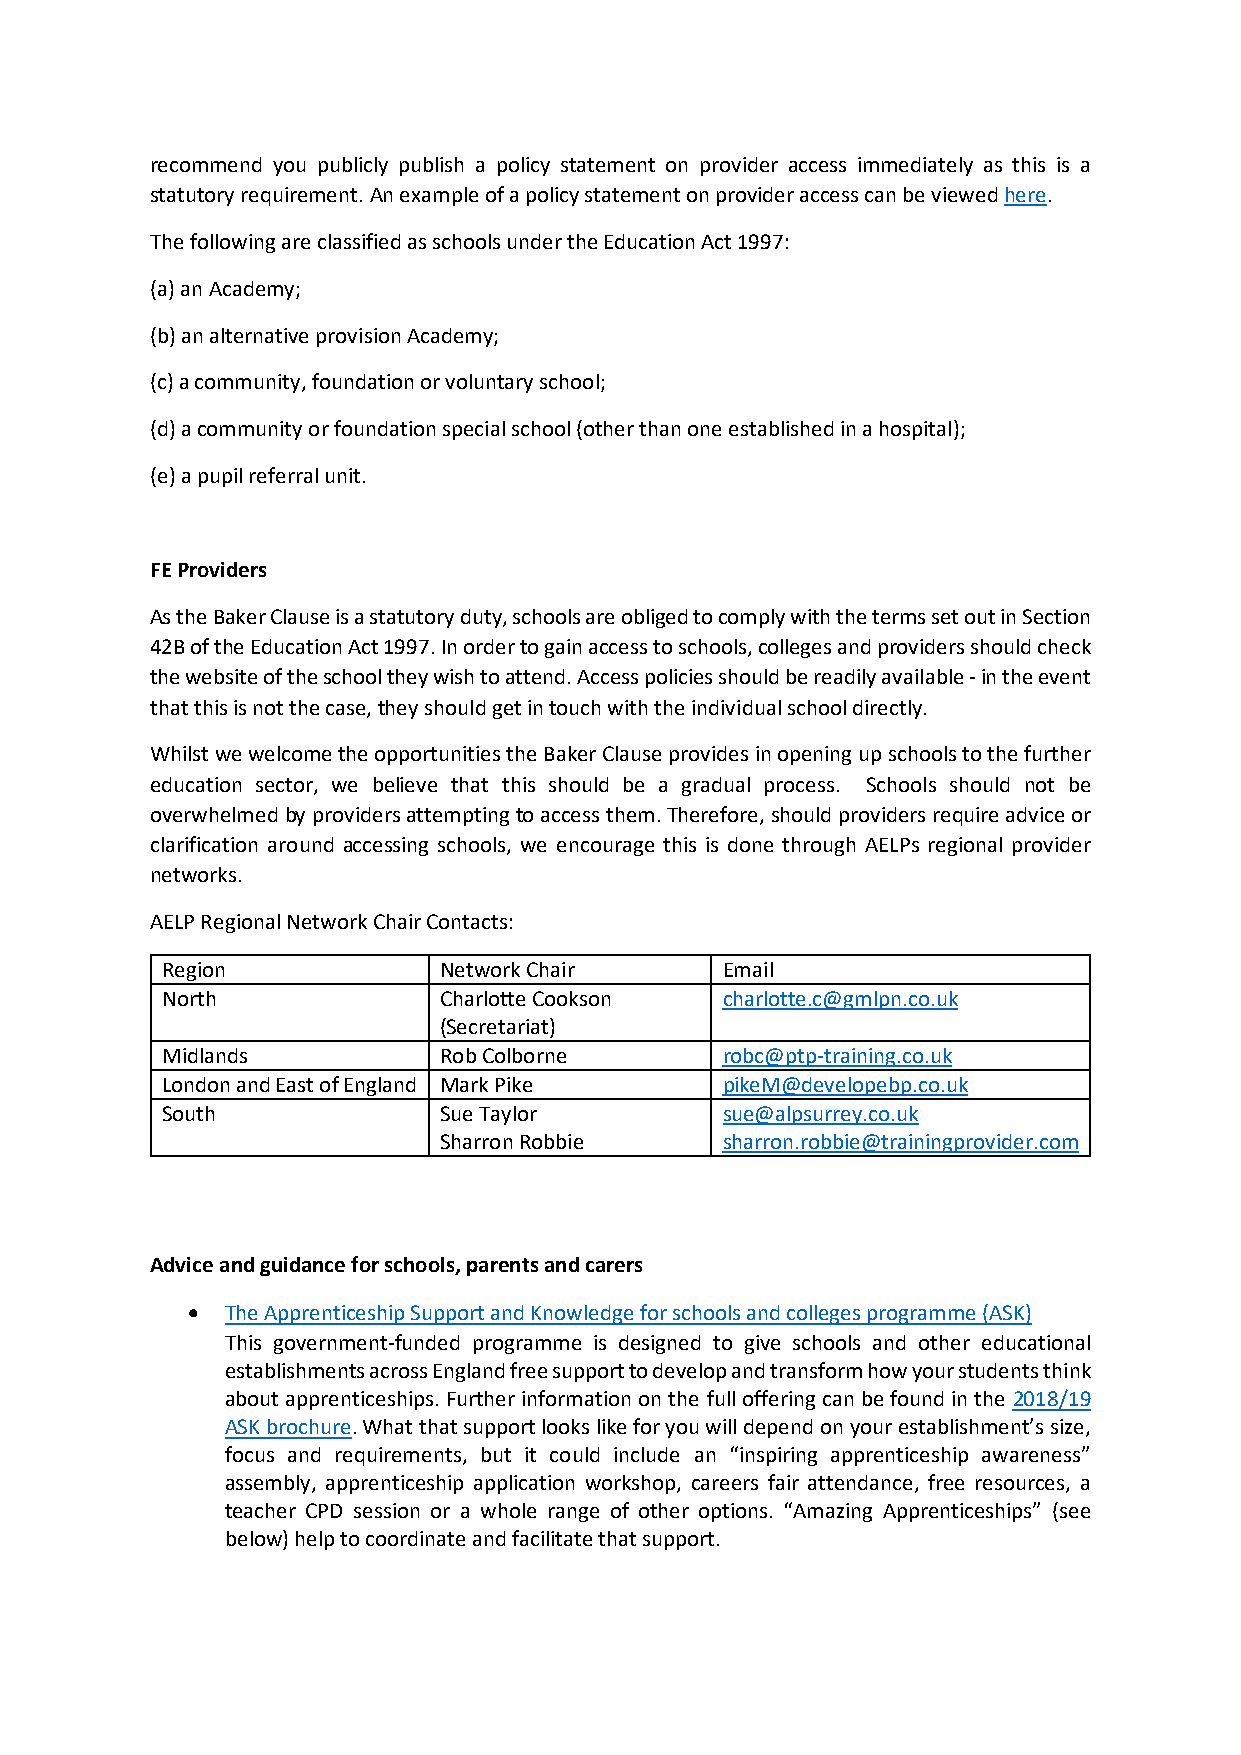
recommend you publicly publish a policy statement on provider access immediately as this is a
 statutory requirement. An example of a policy statement on provider access can be viewed here.
 The following are classified as schools under the Education Act 1997:
 (a) an Academy;
 (b) an alternative provision Academy;
 (c) a community, foundation or voluntary school;
 (d) a community or foundation special school (other than one established in a hospital);
 (e) a pupil referral unit.
 FE Providers
 As the Baker Clause is a statutory duty, schools are obliged to comply with the terms set out in Section
 42B of the Education Act 1997. In order to gain access to schools, colleges and providers should check
 the website of the school they wish to attend. Access policies should be readily available - in the event
 that this is not the case, they should get in touch with the individual school directly.
 Whilst we welcome the opportunities the Baker Clause provides in opening up schools to the further
 education sector, we believe that this should be a gradual process. Schools should not be
 overwhelmed by providers attempting to access them. Therefore, should providers require advice or
 clarification around accessing schools, we encourage this is done through AELPs regional provider
 networks.
 AELP Regional Network Chair Contacts:
 Region            Network Chair      Email
 North             Charlotte Cookson  charlotte.c@gmlpn.co.uk
 (Secretariat)
 Midlands          Rob Colborne       robc@ptp-training.co.uk
 London and East of England Mark Pike pikeM@developebp.co.uk
 South             Sue Taylor         sue@alpsurrey.co.uk
 Sharron Robbie     sharron.robbie@trainingprovider.com
 Advice and guidance for schools, parents and carers
 •  The Apprenticeship Support and Knowledge for schools and colleges programme (ASK)
 This government-funded programme is designed to give schools and other educational
 establishments across England free support to develop and transform how your students think
 about apprenticeships. Further information on the full offering can be found in the 2018/19
 ASK brochure. What that support looks like for you will depend on your establishment’s size,
 focus and requirements, but it could include an “inspiring apprenticeship awareness”
 assembly, apprenticeship application workshop, careers fair attendance, free resources, a
 teacher CPD session or a whole range of other options. “Amazing Apprenticeships” (see
 below) help to coordinate and facilitate that support.